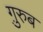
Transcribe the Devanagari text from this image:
ग़़ुरुब